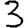
Digit: 3